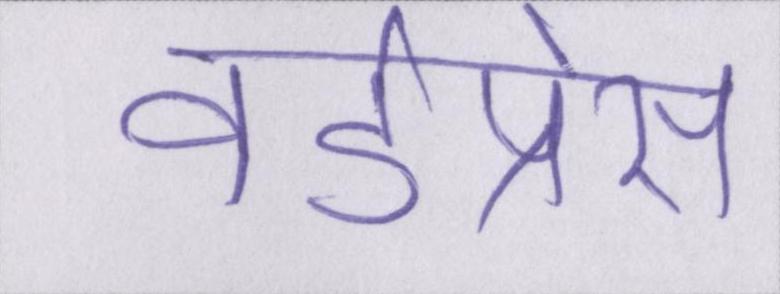
वर्डप्रेस